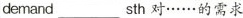
demand___sth 对……的需求